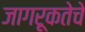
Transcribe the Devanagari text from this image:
जागरूकतेचे